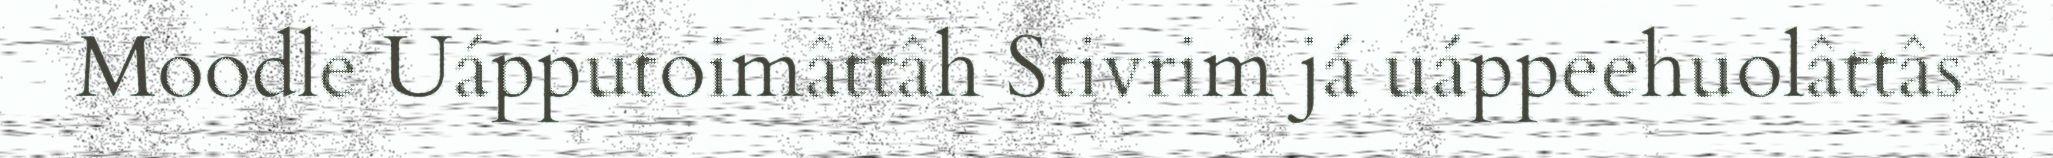
Moodle Uápputoimâttâh Stivrim já uáppeehuolâttâs